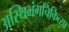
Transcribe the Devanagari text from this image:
अस्थिभंगचिकित्सा